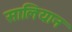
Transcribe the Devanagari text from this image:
सालियान